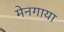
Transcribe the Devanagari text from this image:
मेनगाया